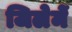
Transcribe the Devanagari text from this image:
जिलेमें